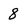
Character: 8